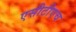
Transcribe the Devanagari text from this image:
एसीटीएच